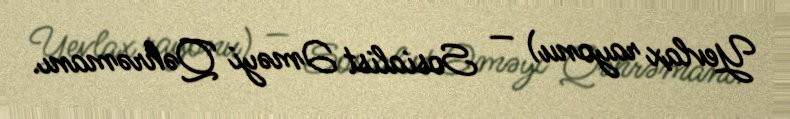
Yevlax rayonu) — Sosialist Əməyi Qəhrəmanı.